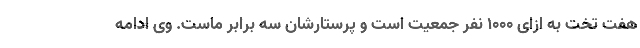
هفت تخت به ازای ۱۰۰۰ نفر جمعیت است و پرستارشان سه برابر ماست. وی ادامه